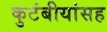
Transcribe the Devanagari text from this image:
कुटंबीयांसह